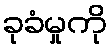
ခုခံမှုကို